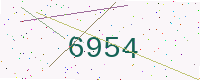
Text: 6954